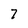
Character: 7